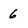
Character: 6